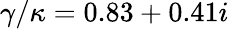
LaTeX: \gamma/\kappa=0.83+0.41i